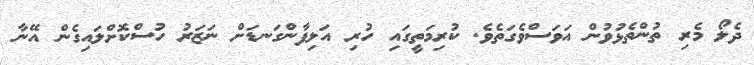
ދެލޯ މެރި ތުންތެޅުވުން އަވަސްވެގަތެވެ. ކުރިމަތީގައި ހުރި އަލިފާންގަނޑަށް ނަޒަރު ހުސްކޮށްލައިގެން އޭނާ